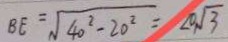
B E = \sqrt { 4 0 ^ { 2 } - 2 0 ^ { 2 } } = 2 0 \sqrt { 3 }